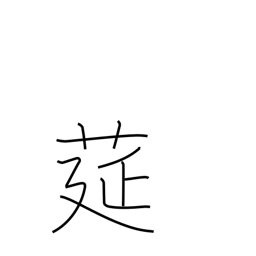
Meaning: straw mat